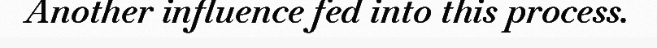
Another influence fed into this process.